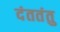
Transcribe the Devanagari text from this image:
दंततंतु